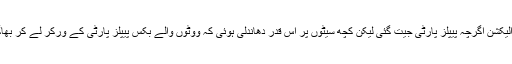
مذکورہ الیکشن اگرچہ پیپلز پارٹی جیت گئی لیکن کچھ سیٹوں پر اس قدر دھاندلی ہوئی کہ ووٹوں والے بکس پیپلز پارٹی کے ورکر لے کر بھاگ گئے۔